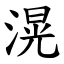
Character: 滉